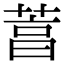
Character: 𦴒